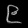
Digit: ၉